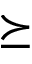
\succeq